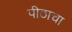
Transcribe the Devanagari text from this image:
पीठाचा